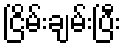
ငြိမ်းချမ်းပြီး